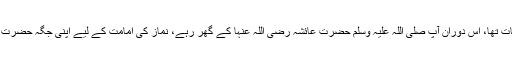
یہ آپ صلی اللہ علیہ وَسلم کا مرضِ وفات تھا، اس دوران آپ صلی اللہ علیہ وَسلم حضرت عائشہ رضی اللہ عنہا کے گھر رہے، نماز کی امامت کے لیے اپنی جگہ حضرت ابوبکر رضی اللہ عنہ کو مقرر فرمایا۔